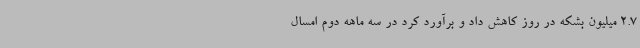
2.7 میلیون بشکه در روز کاهش داد و برآورد کرد در سه ماهه دوم امسال